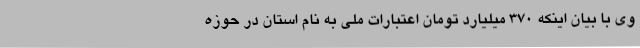
وی با بیان اینکه 370 میلیارد تومان اعتبارات ملی به نام استان در حوزه